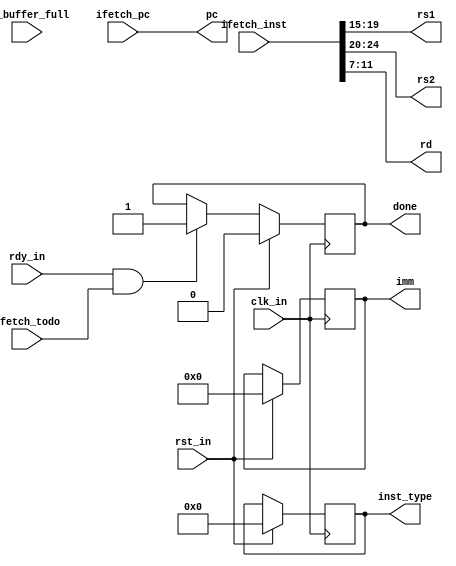
`ifndef DECODER
`define DECODER
module Decoder(
    input  wire              clk_in,
    input  wire              rst_in,
    input  wire              rdy_in,

    input  wire              io_buffer_full,

    input  wire              ifetch_todo,
    input  wire [31:0]       ifetch_inst,
    input  wire [31:0]       ifetch_pc,

    output reg               done,
    output reg  [ 5:0]       inst_type,
    output wire [ 4:0]       rs1,
    output wire [ 4:0]       rs2,
    output wire [ 4:0]       rd,
    output reg  [31:0]       imm,
    output wire [31:0]       pc
);
    localparam LUI = 0, AUIPC = 1, JAL = 2, JALR = 3,
        BEQ = 4, BNE = 5, BLT = 6, BGE = 7, BLTU = 8, BGEU = 9,
        LB = 10, LH = 11, LW = 12, LBU = 13, LHU = 14, SB = 15, SH = 16, SW = 17,
        ADDI = 18, SLTI = 19, SLTIU = 20, XORI = 21, ORI = 22, ANDI = 23, SLLI = 24, SRLI = 25, SRAI = 26,
        ADD = 27, SUB = 28, SLL = 29, SLT = 30, SLTU = 31, XOR = 32, SRL = 33, SRA = 34, OR = 35, AND = 36;
    wire opcode = ifetch_inst[ 6: 0];
    wire funct3 = ifetch_inst[14:12];
    wire funct7 = ifetch_inst[31:25];
    assign rs1  = ifetch_inst[19:15];
    assign rs2  = ifetch_inst[24:20];
    assign rd   = ifetch_inst[11: 7];
    assign pc   = ifetch_pc;
    always @(posedge clk_in) begin
        if (rst_in) begin
            done <= 0;
            inst_type <= 0;
            imm <= 0;
        end
        else if (rdy_in && ifetch_todo) begin
            done <= 1;
            case (opcode)
            7'b0110111: begin // lui
                imm <= {ifetch_inst[31:12], 12'b0};
                inst_type <= LUI;
            end
            7'b0010111: begin // auipc
                imm <= {ifetch_inst[31:12], 12'b0};
                inst_type <= AUIPC;
            end
            7'b1101111: begin // jal
                imm <= {11'b0, ifetch_inst[31], ifetch_inst[19:12],
                        ifetch_inst[20], ifetch_inst[30:21], 1'b0};
                inst_type <= JAL;
            end
            7'b1100111: begin // jalr
                imm <= {20'b0, ifetch_inst[31:20]};
                inst_type <= JALR;
            end
            7'b1100011: begin // beq ~ bgeu
                imm <= {19'b0, ifetch_inst[31], ifetch_inst[7],
                        ifetch_inst[30:25], ifetch_inst[11:8], 1'b0};
                case (funct3)
                3'b000: inst_type <= BEQ;
                3'b001: inst_type <= BNE;
                3'b100: inst_type <= BLT;
                3'b101: inst_type <= BGE;
                3'b110: inst_type <= BLTU;
                3'b111: inst_type <= BGEU;
                endcase
            end
            7'b0000011: begin // lb ~ lhu
                imm <= {20'b0, ifetch_inst[31:20]};
                case (funct3)
                3'b000: inst_type <= LB;
                3'b001: inst_type <= LH;
                3'b010: inst_type <= LW;
                3'b100: inst_type <= LBU;
                3'b101: inst_type <= LHU;
                endcase
            end
            7'b0100011: begin // sb ~ sw
                imm <= {20'b0, ifetch_inst[31:25], ifetch_inst[11:7]};
                case(funct3)
                3'b000: inst_type <= SB;
                3'b001: inst_type <= SH;
                3'b010: inst_type <= SW;
                endcase
            end
            7'b0010011: begin // addi ~ srai
                imm <= {20'b0, ifetch_inst[31:25]};
                case (funct3)
                3'b000: inst_type <= ADDI;
                3'b010: inst_type <= SLTI;
                3'b011: inst_type <= SLTIU;
                3'b100: inst_type <= XORI;
                3'b110: inst_type <= ORI;
                3'b111: inst_type <= ANDI;
                3'b001: inst_type <= SLLI;
                3'b101: begin
                    if (funct7 == 0) inst_type <= SRLI;
                    else inst_type <= SRAI;
                end
                endcase
            end
            7'b0110011: begin // add ~ and
                imm <= 0;
                case (funct3)
                3'b000: begin
                    if (funct7 == 0) inst_type <= ADD;
                    else inst_type <= SUB;
                end
                3'b001: inst_type <= SLL;
                3'b010: inst_type <= SLT;
                3'b011: inst_type <= SLTU;
                3'b100: inst_type <= XOR;
                3'b101: begin
                    if (funct7 == 0) inst_type <= SRL;
                    else inst_type <= SRA;
                end
                3'b110: inst_type <= OR;
                3'b111: inst_type <= AND;
                endcase
            end
            endcase
        end
    end
endmodule
`endif